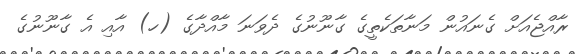
ރާއްޖެއަށް ގެނައުން މަނާތަކެތީގެ ގާނޫނުގެ ދެވަނަ މާއްދާގެ (ހ) އާއި އެ ގާނޫނުގެ